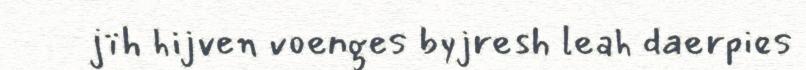
jïh hijven voenges byjresh leah daerpies